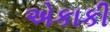
એકાકી